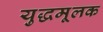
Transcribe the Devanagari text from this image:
युद्धमूलक